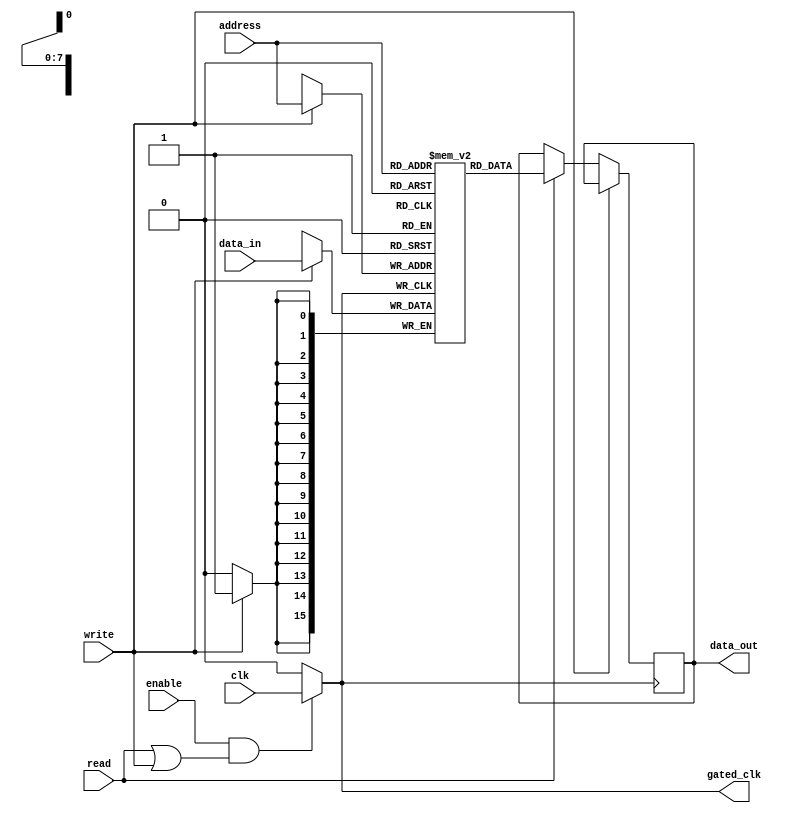
module memory_block (
    input wire clk,            // Primary clock input
    input wire enable,         // Enable signal for the memory block
    input wire read,           // Read operation signal
    input wire write,          // Write operation signal
    input wire [7:0] address,  // Address input (example: 8-bit address)
    input wire [15:0] data_in, // Data input for write operations
    output reg [15:0] data_out, // Data output for read operations
    output wire gated_clk      // Gated clock output
);

// Memory array (example: 256 x 16-bit memory)
reg [15:0] memory [0:255];

// Clock gating logic
wire active_state;
assign active_state = enable && (read || write); // Active if enabled and either reading or writing

// Gated clock logic
assign gated_clk = active_state ? clk : 1'b0; // Pass clk if active, otherwise low

// Memory operation logic (synchronous with gated clock)
always @(posedge gated_clk) begin
    if (write) begin
        memory[address] <= data_in; // Write data to memory
    end else if (read) begin
        data_out <= memory[address]; // Read data from memory
    end
end

endmodule